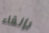
بإلقاء